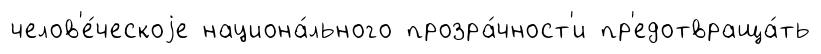
челов'е́ческоjе национа́льного прозра́чност'и пр'едотвраща́ть